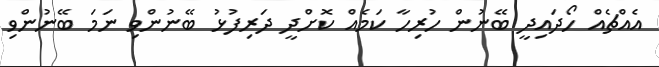
އެއްޗެއް ހޯދައިދީ ބޭނުން ހުރިހާ ކަމެއް ކޮށްދީ ދަރިފުޅު ބޭނުންވި ނަމަ ބޭނުންވި